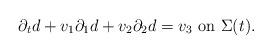
LaTeX: \begin{align*}\partial_t d +v_1 \partial_1d +v_2 \partial_2d =v_3 \mbox{ on }\Sigma(t).\end{align*}